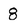
Character: 8